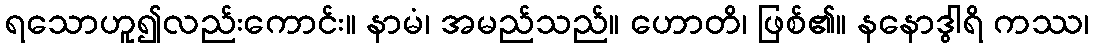
ရသောဟူ၍လည်းကောင်း။ နာမံ၊ အမည်သည်။ ဟောတိ၊ ဖြစ်၏။ နနောဒွါရိ ကဿ၊